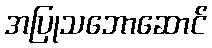
အပြုသဘောဆောင်